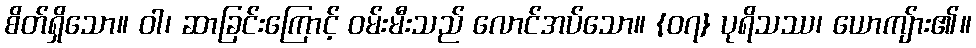
စိတ်ရှိသော။ ဝါ၊ ဆာခြင်းကြောင့် ဝမ်းမီးသည် လောင်အပ်သော။ {၀၇} ပုရိသဿ၊ ယောကျ်ား၏။